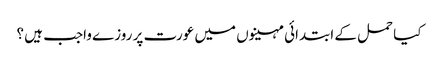
کیا حمل کے ابتدائی مہینوں میں عورت پر روزے واجب ہیں ؟